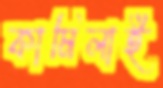
কামিলাই